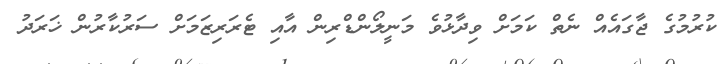
ކުރުމުގެ ޖާގައެއް ނެތް ކަމަށް ވިދާޅުވެ މަނީލޯންޑްރިން އާއި ޓެރަރިޒަމަށް ސަރުކާރުން ޚަރަދު